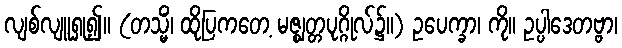
လျစ်လျူရှု၍။ (တသ္မိံ၊ ထိုပြကတေ့ မဇ္ဈတ္တပုဂ္ဂိုလ်၌။) ဥပေက္ခာ၊ ကို။ ဥပ္ပါဒေတဗ္ဗာ၊